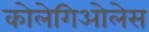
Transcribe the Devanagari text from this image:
कोलेगिओलेस